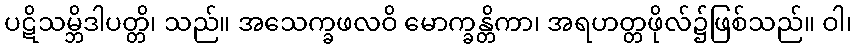
ပဋိသမ္ဘိဒါပတ္တိ၊ သည်။ အသေက္ခဖလဝိ မောက္ခန္တိကာ၊ အရဟတ္တဖိုလ်၌ဖြစ်သည်။ ဝါ၊